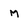
Character: M